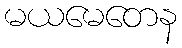
မယမေတေန